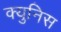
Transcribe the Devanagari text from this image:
क्युनिस